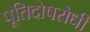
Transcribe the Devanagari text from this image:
पूतिदोषरोधी